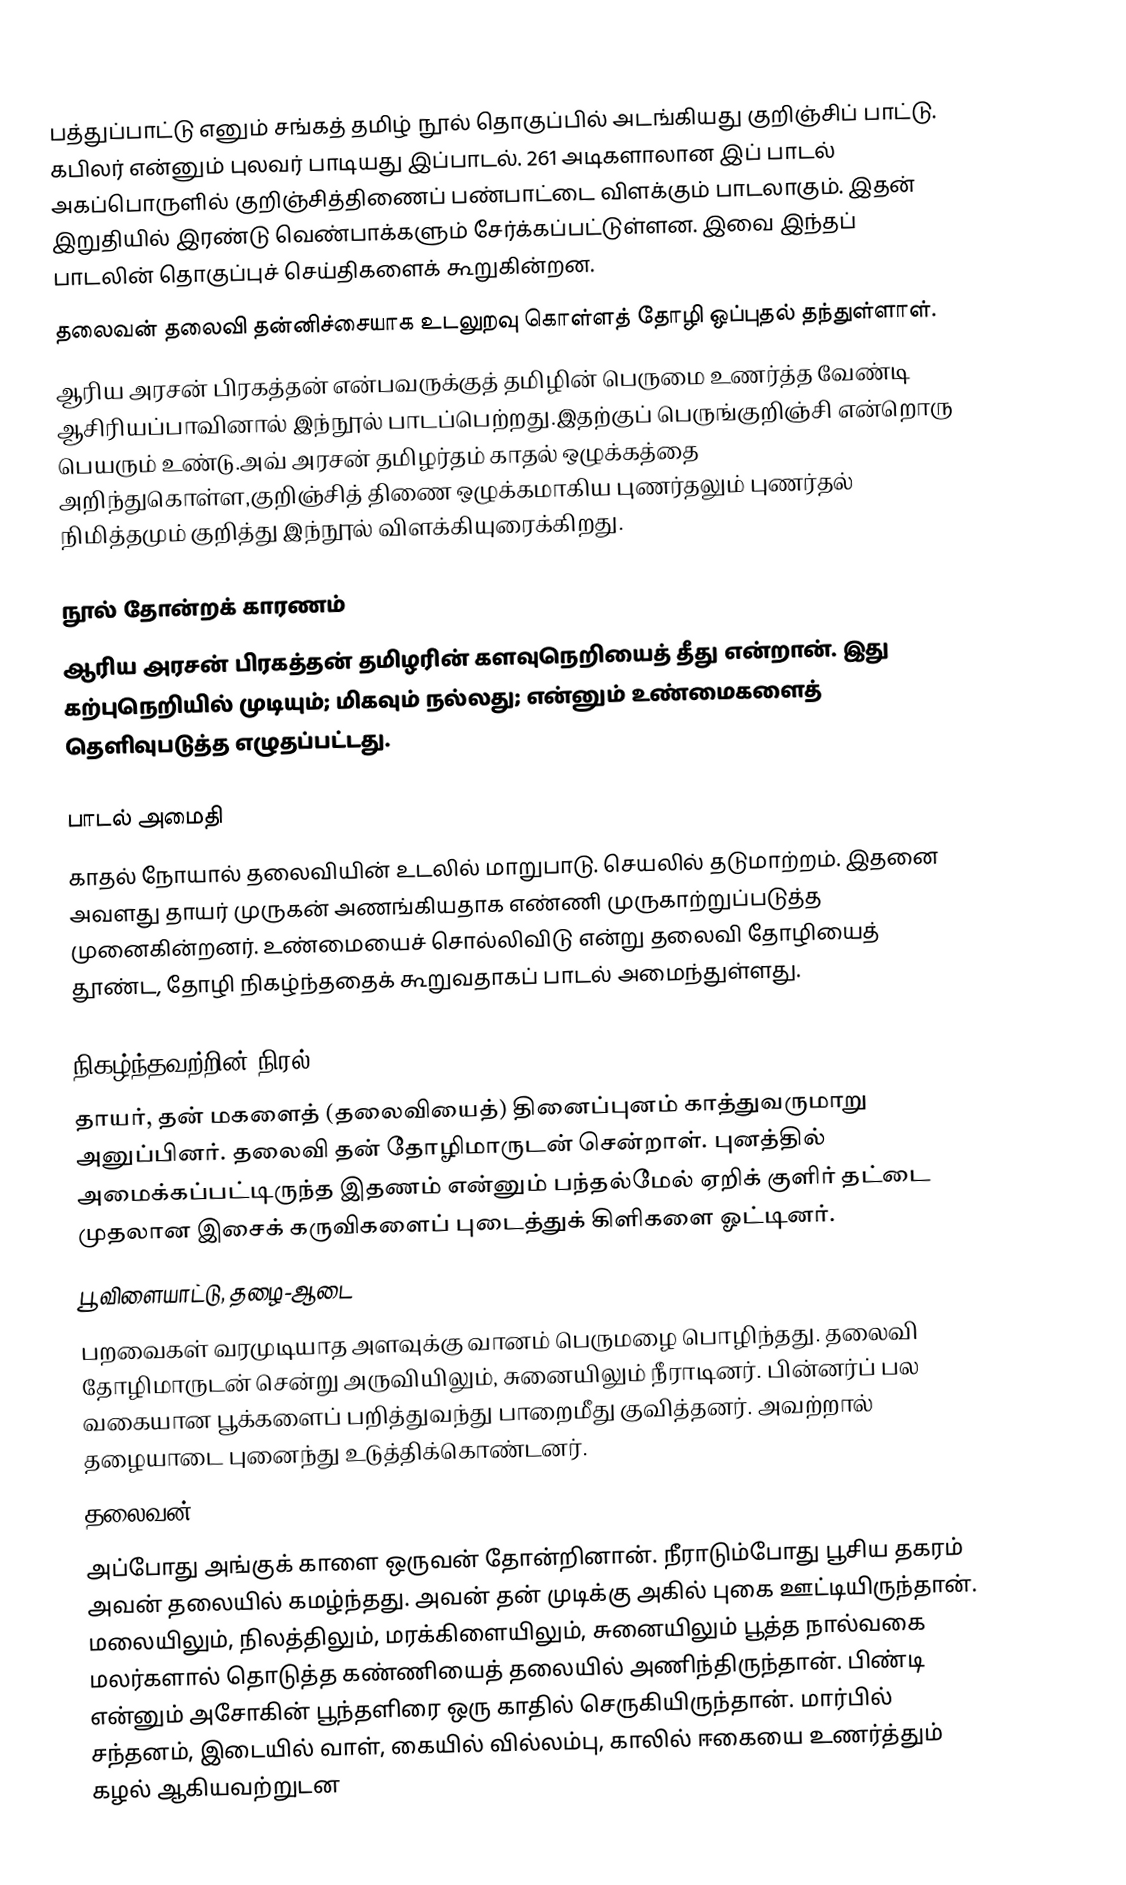
பத்துப்பாட்டு எனும் சங்கத் தமிழ் நூல் தொகுப்பில் அடங்கியது குறிஞ்சிப் பாட்டு. கபிலர் என்னும் புலவர் பாடியது இப்பாடல். 261 அடிகளாலான இப் பாடல் அகப்பொருளில் குறிஞ்சித்திணைப் பண்பாட்டை விளக்கும் பாடலாகும். இதன் இறுதியில் இரண்டு வெண்பாக்களும் சேர்க்கப்பட்டுள்ளன. இவை இந்தப் பாடலின் தொகுப்புச் செய்திகளைக் கூறுகின்றன.
தலைவன் தலைவி தன்னிச்சையாக உடலுறவு கொள்ளத் தோழி ஒப்புதல் தந்துள்ளாள்.
ஆரிய அரசன் பிரகத்தன் என்பவருக்குத் தமிழின் பெருமை உணர்த்த  வேண்டி ஆசிரியப்பாவினால் இந்நூல் பாடப்பெற்றது.இதற்குப் பெருங்குறிஞ்சி என்றொரு பெயரும் உண்டு.அவ் அரசன் தமிழர்தம் காதல் ஒழுக்கத்தை அறிந்துகொள்ள,குறிஞ்சித் திணை ஒழுக்கமாகிய புணர்தலும் புணர்தல் நிமித்தமும் குறித்து இந்நூல் விளக்கியுரைக்கிறது.

நூல் தோன்றக் காரணம்
ஆரிய அரசன் பிரகத்தன் தமிழரின் களவுநெறியைத் தீது என்றான். இது கற்புநெறியில் முடியும்; மிகவும் நல்லது; என்னும் உண்மைகளைத் தெளிவுபடுத்த எழுதப்பட்டது.

பாடல் அமைதி
காதல் நோயால் தலைவியின் உடலில் மாறுபாடு. செயலில் தடுமாற்றம். இதனை அவளது தாயர் முருகன் அணங்கியதாக எண்ணி முருகாற்றுப்படுத்த முனைகின்றனர்.  உண்மையைச் சொல்லிவிடு என்று தலைவி தோழியைத் தூண்ட, தோழி நிகழ்ந்ததைக் கூறுவதாகப் பாடல் அமைந்துள்ளது.

நிகழ்ந்தவற்றின் நிரல்
தாயர், தன் மகளைத் (தலைவியைத்) தினைப்புனம் காத்துவருமாறு அனுப்பினர். தலைவி தன் தோழிமாருடன் சென்றாள். புனத்தில் அமைக்கப்பட்டிருந்த இதணம் என்னும் பந்தல்மேல் ஏறிக் குளிர் தட்டை முதலான இசைக் கருவிகளைப் புடைத்துக் கிளிகளை ஓட்டினர்.
பூ விளையாட்டு, தழை-ஆடை
பறவைகள் வரமுடியாத அளவுக்கு வானம் பெருமழை பொழிந்தது. தலைவி தோழிமாருடன் சென்று அருவியிலும், சுனையிலும் நீராடினர். பின்னர்ப் பல வகையான பூக்களைப் பறித்துவந்து பாறைமீது குவித்தனர். அவற்றால் தழையாடை புனைந்து உடுத்திக்கொண்டனர்.
தலைவன்
அப்போது அங்குக் காளை ஒருவன் தோன்றினான். நீராடும்போது பூசிய தகரம் அவன் தலையில் கமழ்ந்தது. அவன் தன் முடிக்கு அகில் புகை ஊட்டியிருந்தான். மலையிலும், நிலத்திலும், மரக்கிளையிலும், சுனையிலும் பூத்த நால்வகை மலர்களால் தொடுத்த கண்ணியைத் தலையில் அணிந்திருந்தான். பிண்டி என்னும் அசோகின் பூந்தளிரை ஒரு காதில் செருகியிருந்தான். மார்பில் சந்தனம், இடையில் வாள், கையில் வில்லம்பு, காலில் ஈகையை உணர்த்தும் கழல் ஆகியவற்றுடன